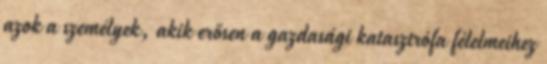
azok a személyek, akik erősen a gazdasági katasztrófa félelmeihez